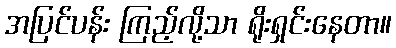
အပြင်ပန်း ကြည့်လို့သာ ရိုးရှင်းနေတာ။